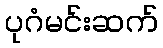
ပုဂံမင်းဆက်